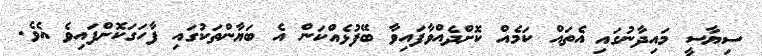
ސިޔާސީ މައިދާނުގައި އެތައް ކަމެއް ކޮށްދެއްވާފައިވާ ބޭފުޅެއްކަން އެ ބަޔާންތަކުގައި ފާހަގަކޮށްފައިވެ އެވެ.